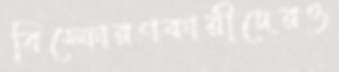
বিস্ফোরণকারীদেরও